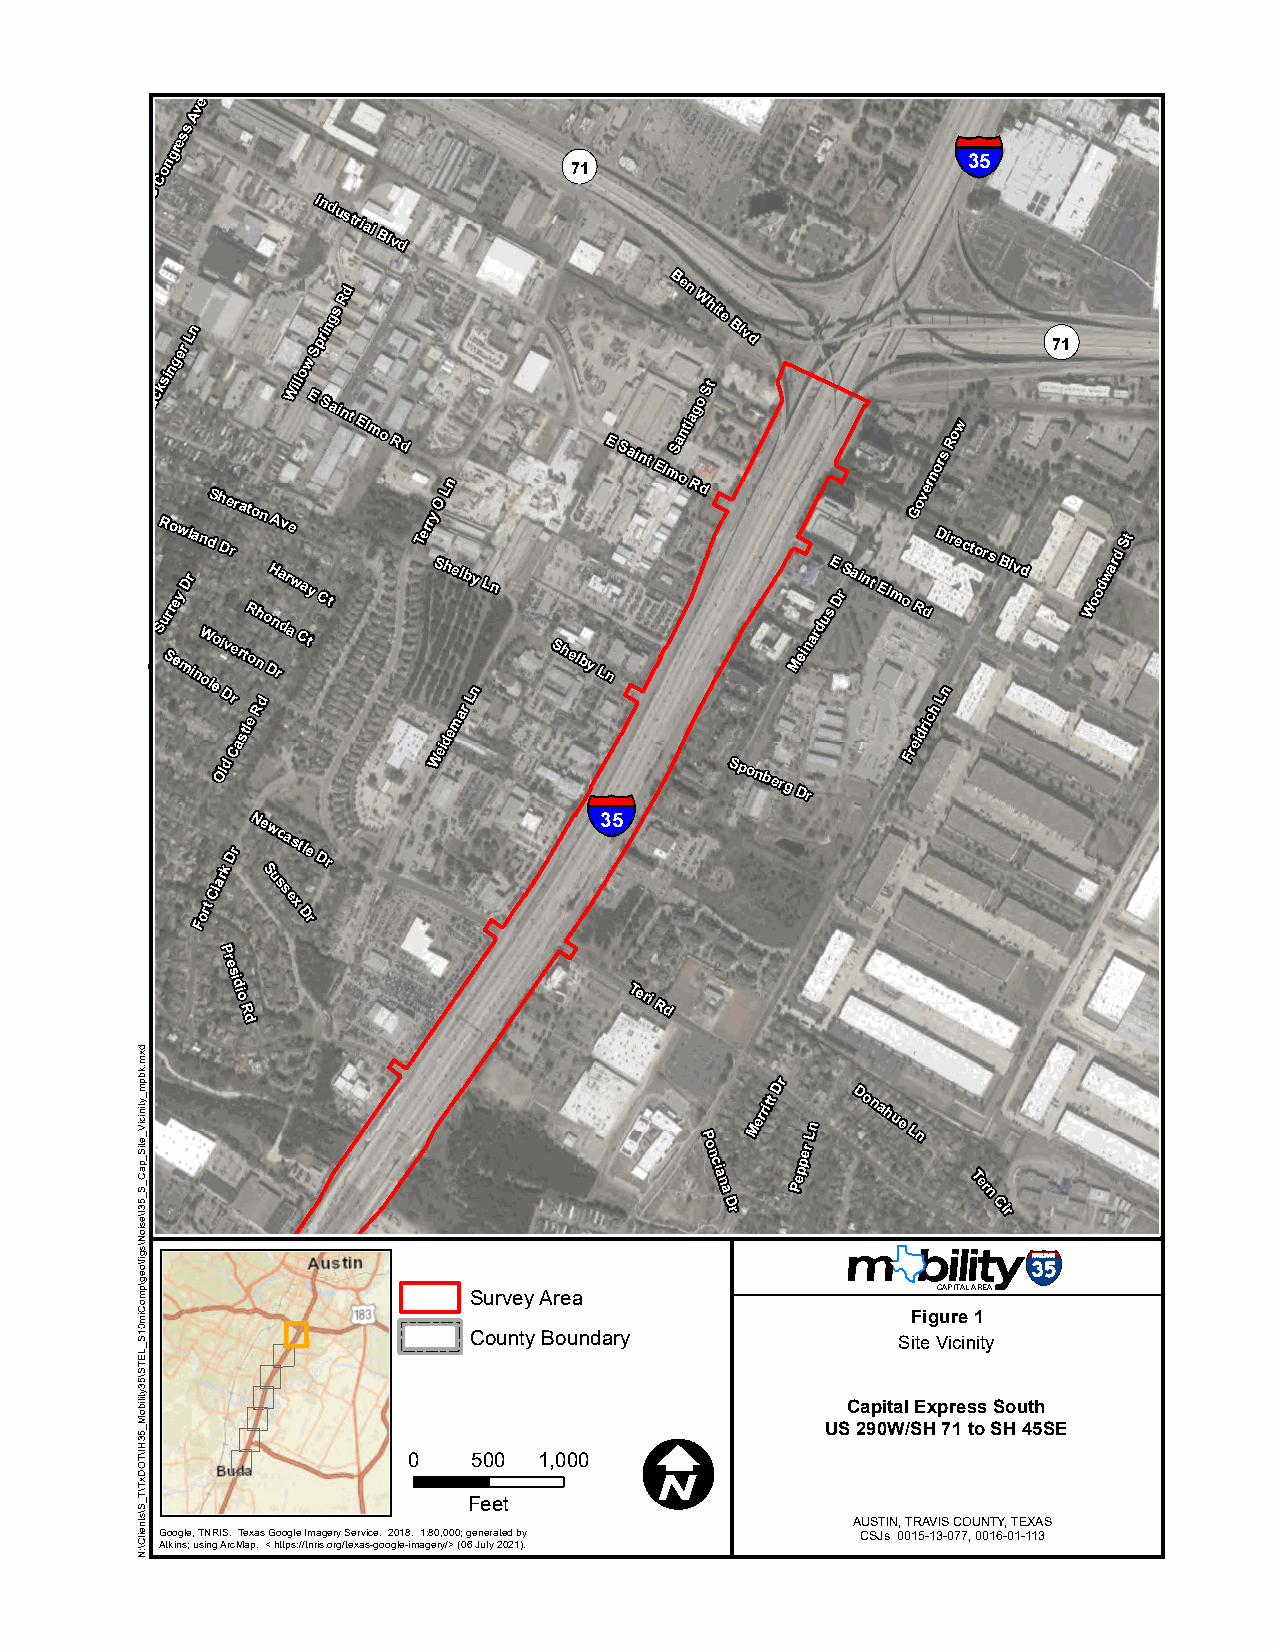
e
 v
 A
 ss                                                 §¨¦
 gre                       ¬«
 n                                                    35
 o                          71
 C
 S
 Industrial
 Blvd
 ger
 Ln
 w
 Springs
 Rd
 Ben
 White
 Blvd                 ¬«
 71
 Luc
 R
 S
 Sks uoi
 r
 ern
 ew
 my
 l iDa nrn
 oW
 ldS
 eo
 h
 lD
 D
 Ov
 le
 drr
 e
 r Cra
 at
 sRt
 o
 tlo
 enh
 n
 R
 o
 dD
 H
 nA
 ra
 dv
 r
 ae
 w
 W
 Cil alo
 tyE CS taint
 El mo Rd
 Terr Sy WO
 eh
 iL
 den
 el mb
 ar
 y
 Ln
 Ln
 Shelby
 §¨¦
 LnE Saint ElmoSa nt
 Riag do
 St
 Sponberg
 DMei
 rnarduE
 s
 DS raint El mo
 FR
 rG eio
 d
 dv
 rier
 cn
 D
 h
 or
 Lis
 n
 rR eo cw
 tors
 Blvd
 Woodward
 St
 ark
 DrNe
 Sw ucastle
 Dr
 35
 Cl  ss
 Fort  ex
 Dr
 P
 re
 s
 id
 io
 R
 Teri
 Rd
 d
 Dr
 P
 o
 n
 c
 ia
 n
 a
 D
 r
 Merritt
 Pepper
 Ln
 Donahue
 Ln
 Ter
 n
 Cir
 Survey Area                    CAPITAL AREA
 Figure 1
 County Boundary             Site Vicinity
 Capital Express South
 I           US 290W/SH 71 to SH 45SE
 0   500  1,000
 Feet
 AUSTIN, TRAVIS COUNTY, TEXAS
 Google, TNRIS. Texas Google Imagery Service. 2018. 1:80,000; generated by CSJs 0015-13-077, 0016-01-113
 Atkins; using ArcMap. < https://tnris.org/texas-google-imagery/> (06 July 2021).
 dxm.kbpm_ytiniciV_etiS_paC_S_53I\esioN\sgif\oeg\pmoCim01S_LETS\53ytiliboM_53HI\TODxT\T_S\stneilC\:N